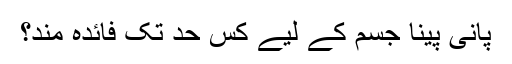
پانی پینا جسم کے لیے کس حد تک فائدہ مند؟